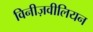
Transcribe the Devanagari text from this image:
विनीज़वीलियन